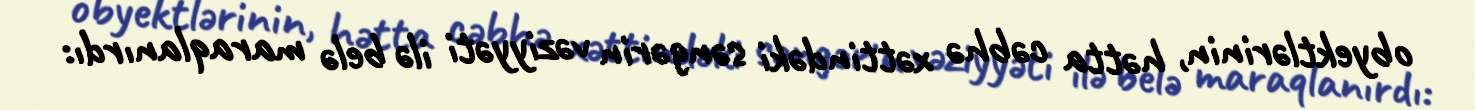
obyektlərinin, hətta cəbhə xəttindəki səngərin vəziyyəti ilə belə maraqlanırdı: